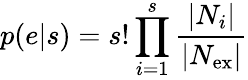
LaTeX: p(e|s)=s!\prod_{i=1}^{s}\frac{|N_{i}|}{|N_{\mathrm{ex}}|}